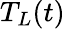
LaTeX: T_{L}(t)